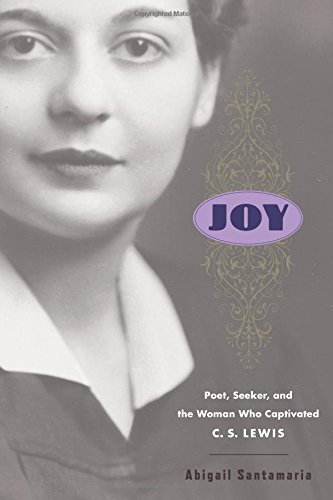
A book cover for Joy: Poet, Seeker, and the Woman Who Captivated C. S. Lewis; Abigail Santamaria; Literature & Fiction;